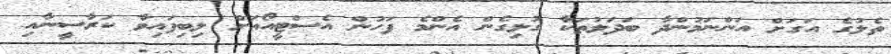
ތެލުގެ އަގަށް އަންނަމުންދާ ބަދަލުތަކާ ގުޅިގެން އެންމެ ފަހުން އެސްޓީއޯއަށް ލިބިފައިވާ ކަރާސީނާއި